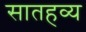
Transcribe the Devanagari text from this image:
सातहव्य